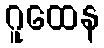
ဂူထေန